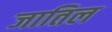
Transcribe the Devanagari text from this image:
जातिल